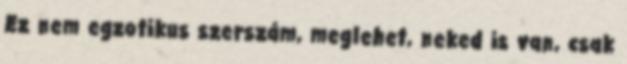
Ez nem egzotikus szerszám, meglehet, neked is van, csak